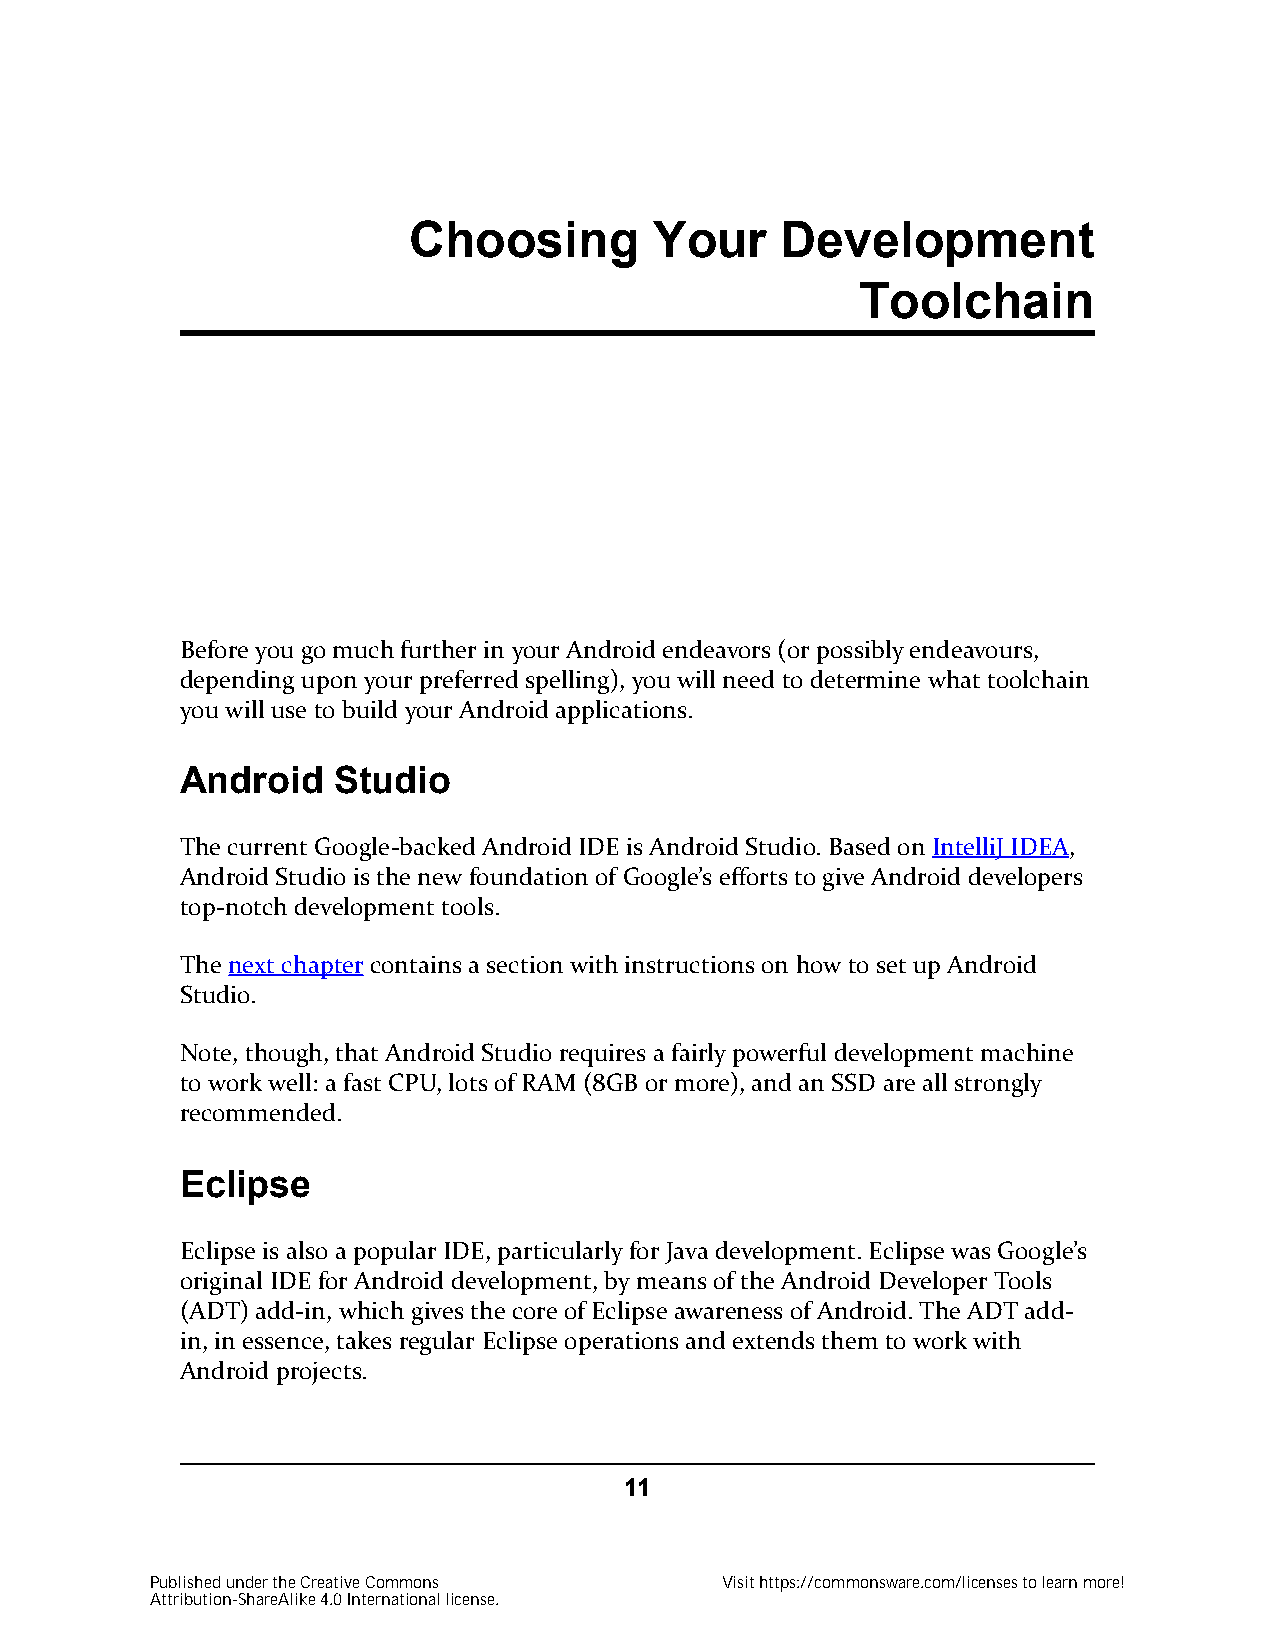
Choosing        Your     Development
 Toolchain
 Before you go much further in your Android endeavors (or possibly endeavours,
 depending upon your preferred spelling), you will need to determine what toolchain
 you will use to build your Android applications.
 Android   Studio
 The current Google-backed Android IDE is Android Studio. Based on IntelliJ IDEA,
 Android Studio is the new foundation of Google’s efforts to give Android developers
 top-notch development tools.
 The next chapter contains a section with instructions on how to set up Android
 Studio.
 Note, though, that Android Studio requires a fairly powerful development machine
 to work well: a fast CPU, lots of RAM (8GB or more), and an SSD are all strongly
 recommended.
 Eclipse
 Eclipse is also a popular IDE, particularly for Java development. Eclipse was Google’s
 original IDE for Android development, by means of the Android Developer Tools
 (ADT) add-in, which gives the core of Eclipse awareness of Android. The ADT add-
 in, in essence, takes regular Eclipse operations and extends them to work with
 Android projects.
 11
 Published under the Creative Commons  Visit https://commonsware.com/licenses to learn more!
 Attribution-ShareAlike 4.0 International license.